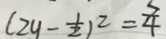
( 2 y - \frac { 1 } { 2 } ) ^ { 2 } = \frac { 3 } { 4 }